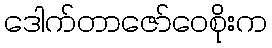
ဒေါက်တာဇော်ဝေစိုးက